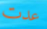
عدت